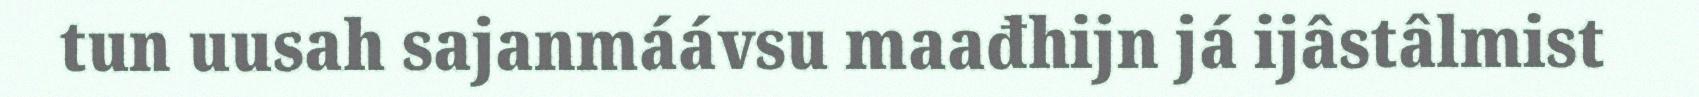
tun uusah sajanmáávsu maađhijn já ijâstâlmist